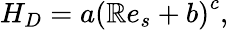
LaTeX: H_{D}=a\left(\mathbb{R}e_{s}+b\right)^{c},